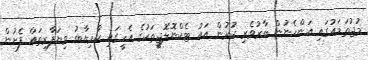
މުޖުތަމައުގައި އަންހެނުން ބާރުވެރި ކުރުން އައު ޓެކްނޮލޮޖީތަކުގެ އެހީގައި ކާމިޔާބު ވިޔަފާރިތައް ފެށުން